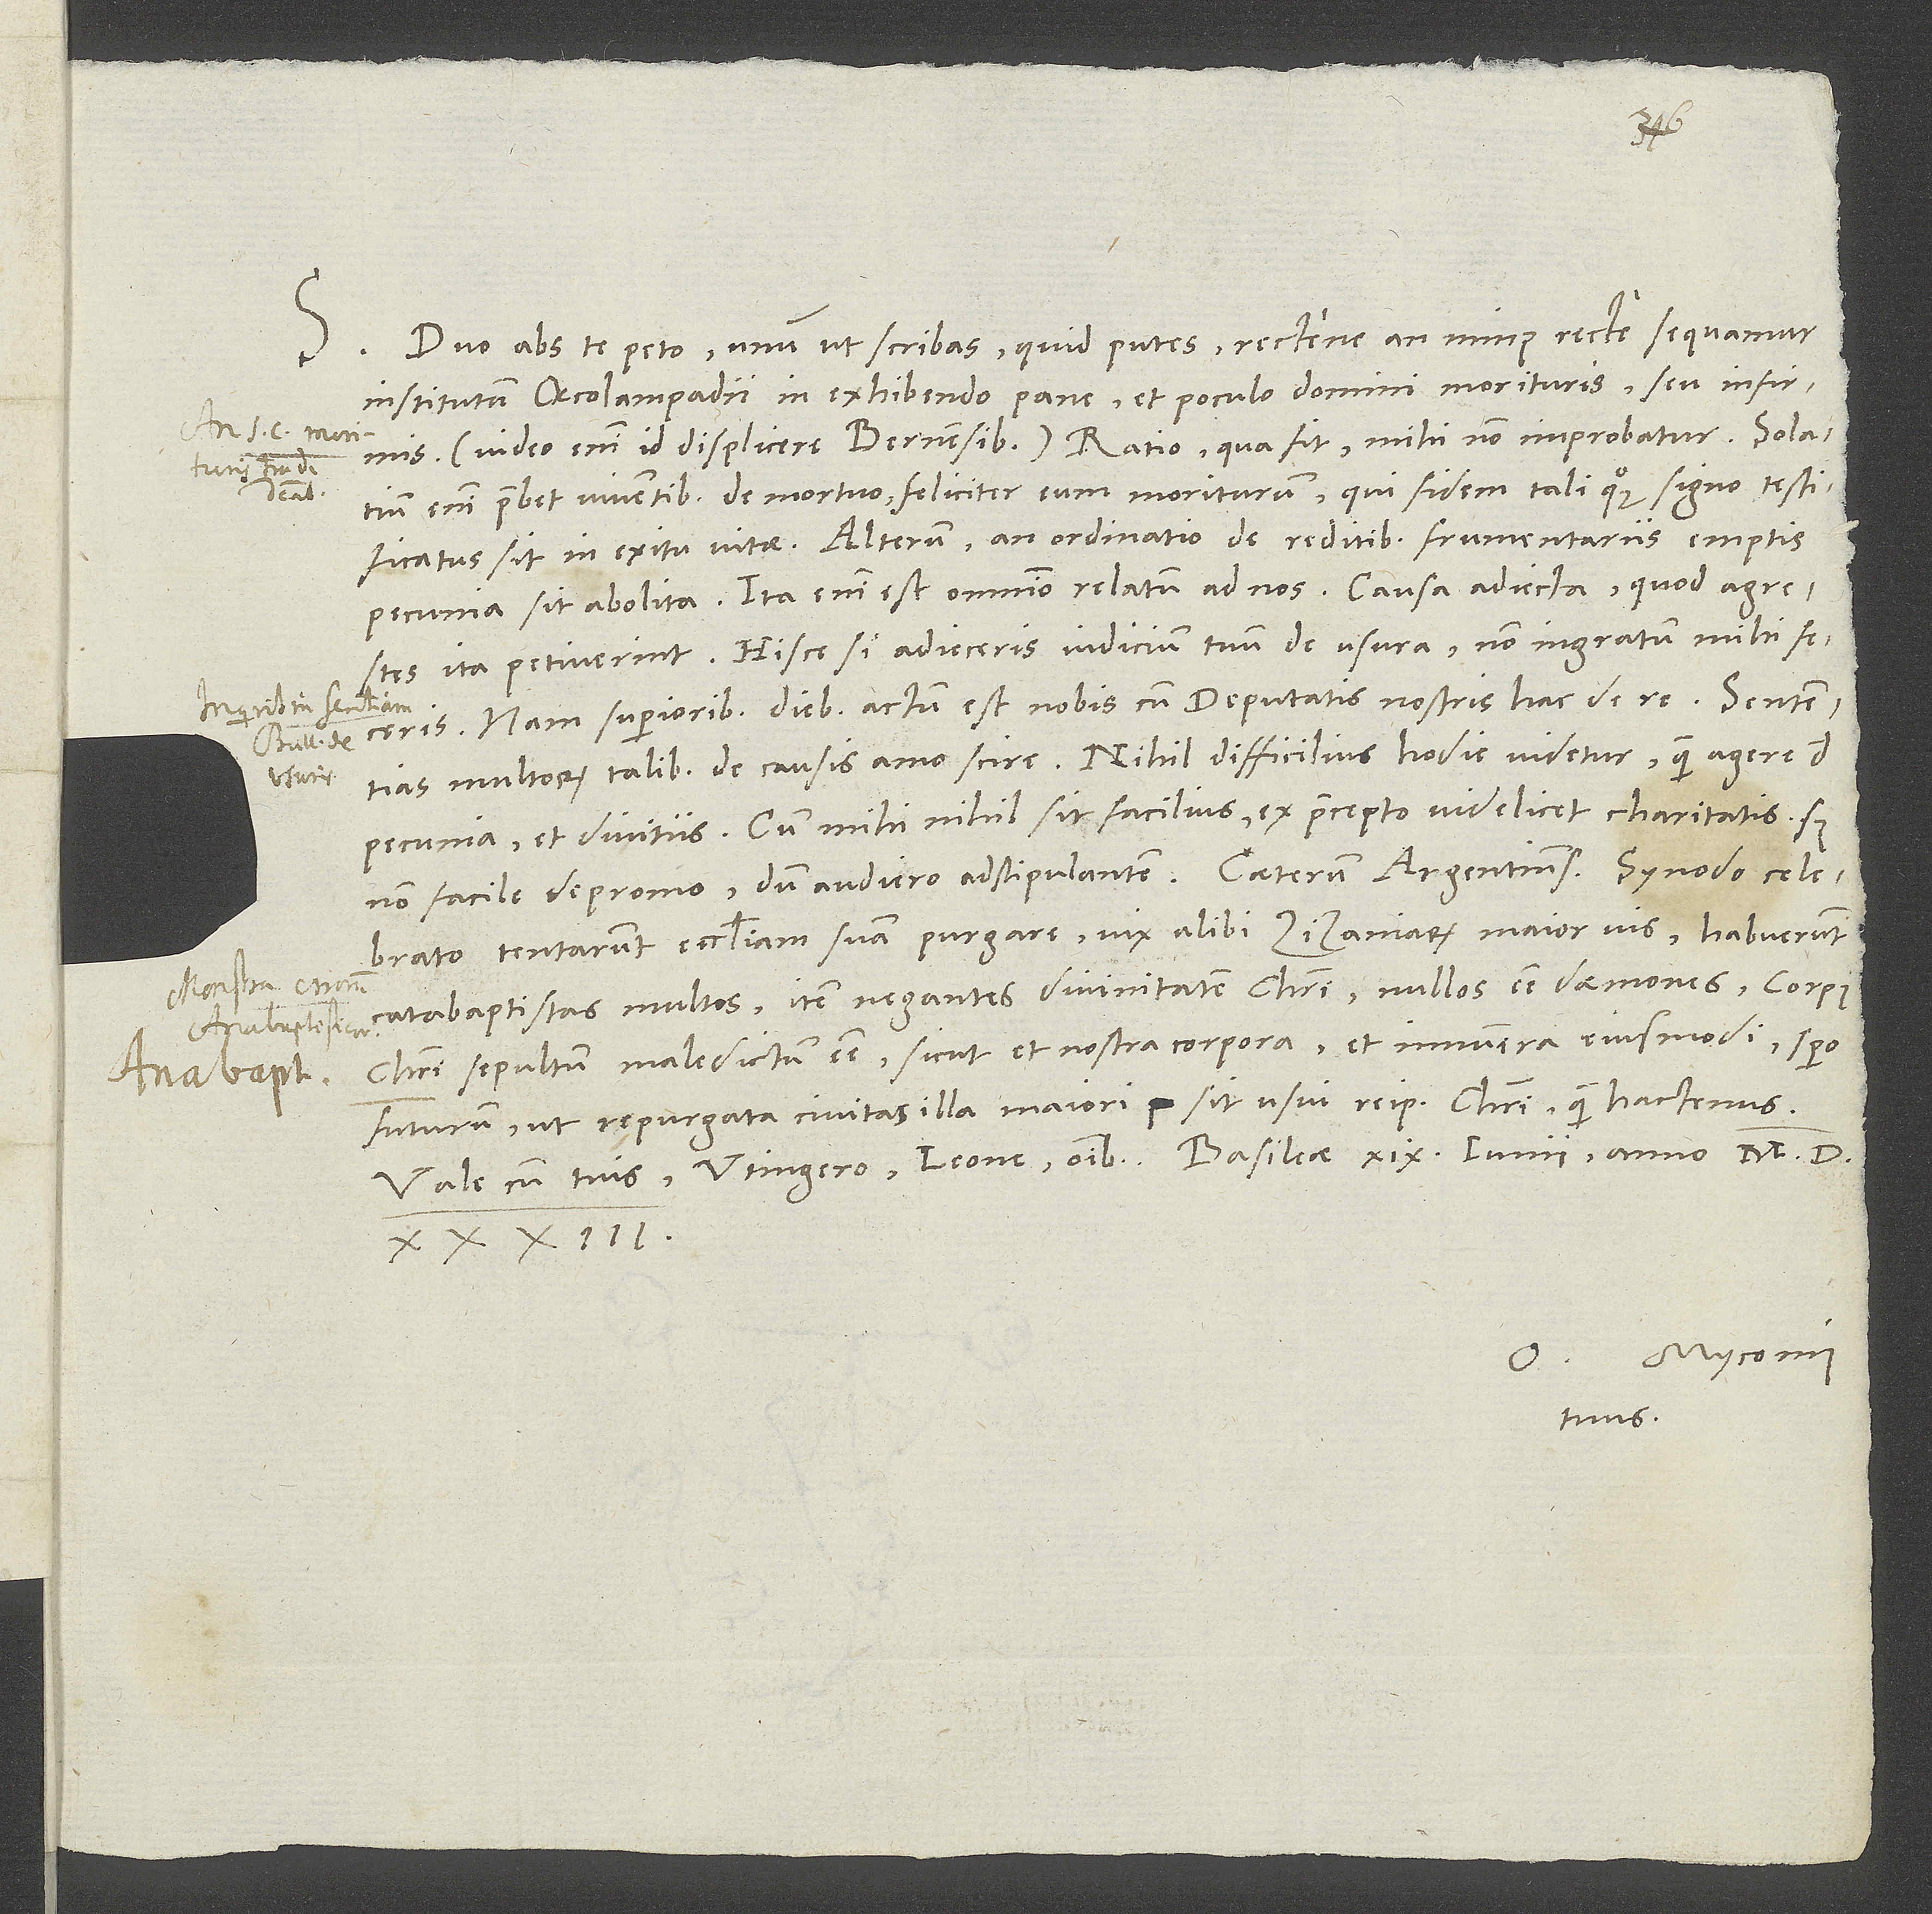
S. Duo abs te peto. Unum ut scribas, quid putes, rectene an minus recte sequamur
institutum Oecolampadii in exhibendo pane et poculo domini morituris seu infirmis.
Video enim id displicere Bernensibus. Ratio, qua fit, mihi non improbatur. Solatium
enim praebet viventibus de mortuo feliciter eum moriturum, qui fidem tali quoque signo testificatus
sit in exitu vitae. Alterum, an ordinatio de reditibus frumentariis emptis
pecunia sit abolita. Ita enim est omnino relatum ad nos causa adiecta, quod agrestes
ita petiverint. Hisce si adieceris iudicium tuum de usura, non ingratum mihi feceris.
Nam superioribus diebus actum est nobis cum deputatis nostris hac de re. Sententias
multorum talibus de causis amo scire. Nihil difficilius hodie videtur quam agere de
pecunia et divitiis, cum mihi nihil sit facilius, ex praecepto videlicet charitatis, sed
celebrato tentarunt ecclesiam suam purgare. Vix alibi zizaniarum maior vis. Habuerunt
catabaptistas multos, item negantes divinitatem Christi, nullos esse daemones, corpus
Christi sepultum maledictum esse sicut et nostra corpora et innumera eiusmodi. Spero
futurum, ut repurgata civitas illa maiori sit usui reipublicae Christi quam hactenus.
1533.
O. Myconius
tuus.